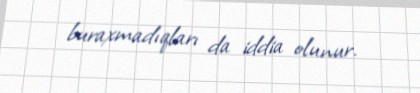
buraxmadıqları da iddia olunur.